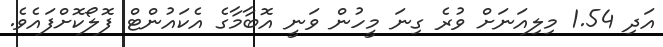
އަދި 1.54 މިލިއަނަށް ވުރެ ގިނަ މީހުން ވަނީ އޮބާމާގެ އެކައުންޓް ފޮލޯކޮށްފައެވެ.